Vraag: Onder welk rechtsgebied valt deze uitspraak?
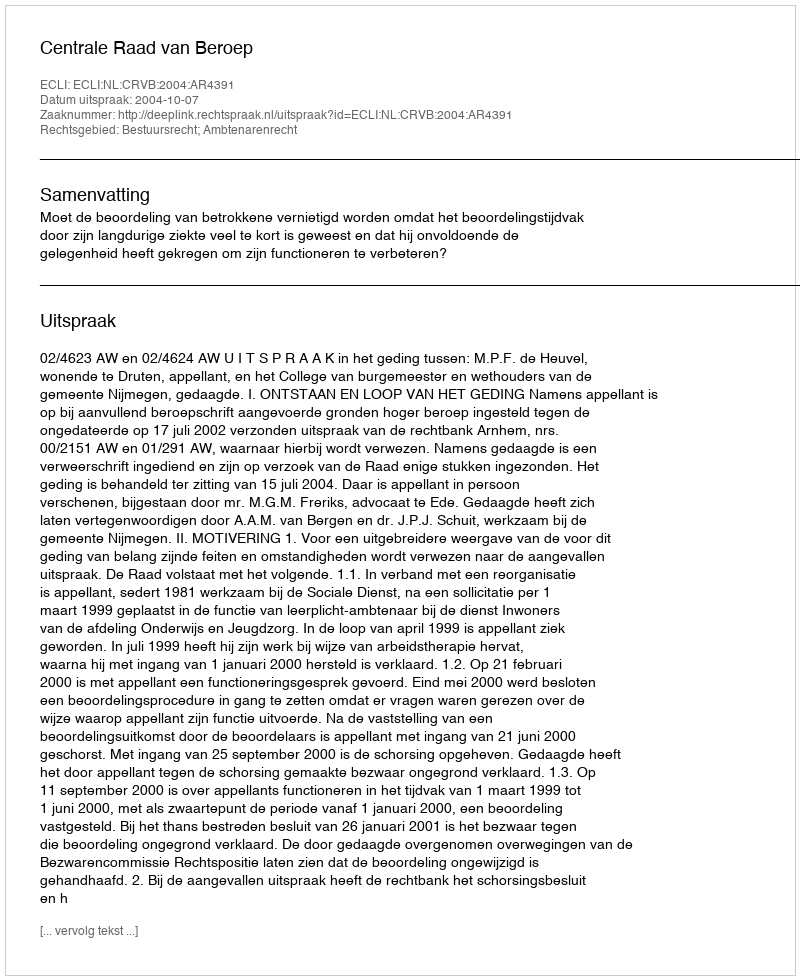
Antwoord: Bestuursrecht; Ambtenarenrecht